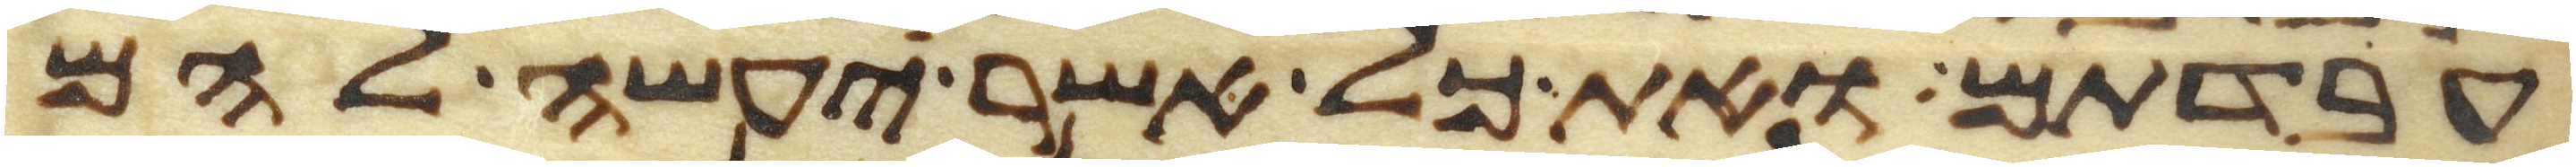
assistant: עבדתם ואת כל אשר יעשה להם